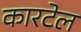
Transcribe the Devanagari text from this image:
कारटेल